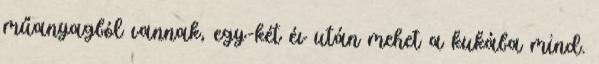
műanyagból vannak, egy-két év után mehet a kukába mind.